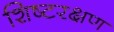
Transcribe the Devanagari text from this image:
शिष्टरक्षण